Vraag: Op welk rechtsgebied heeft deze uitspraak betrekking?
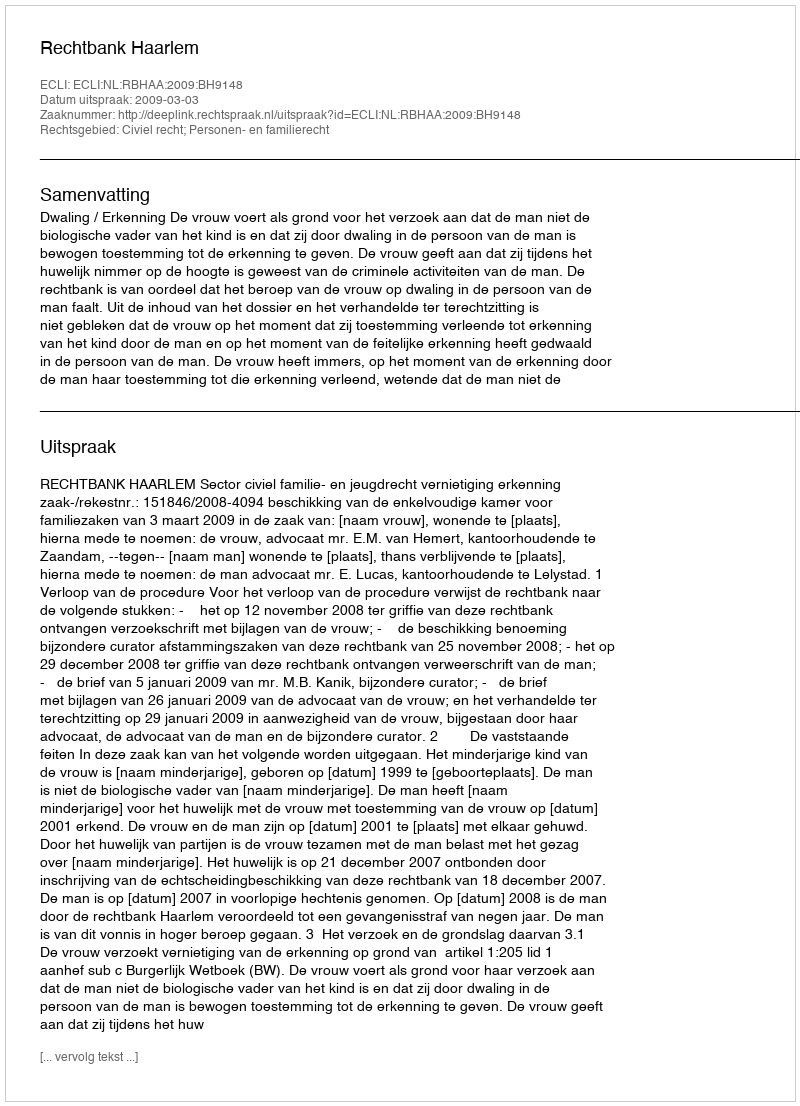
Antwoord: Civiel recht; Personen- en familierecht